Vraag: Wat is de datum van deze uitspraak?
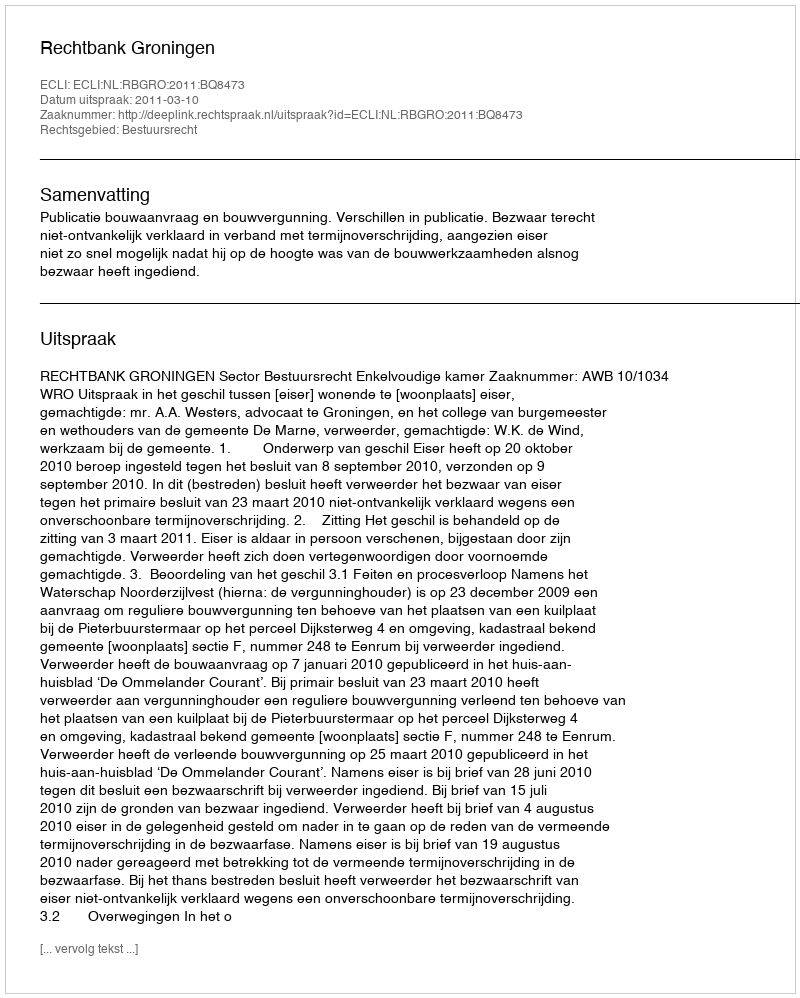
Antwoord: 2011-03-10